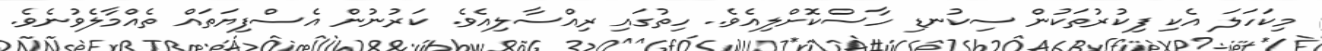
މިކަހަލަ އެކި ފިކުރުތަކުން ސިކުނޑި ހާސްކޮށްލިއެވެ.. ހިތުގައި ރިއްސާލިއެވެ. ކަރުނުން އެސްފިޔަތައް ތެއްމާލެވުނެވެ.